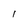
Character: 1